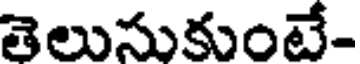
తెలుసుకుంటే-